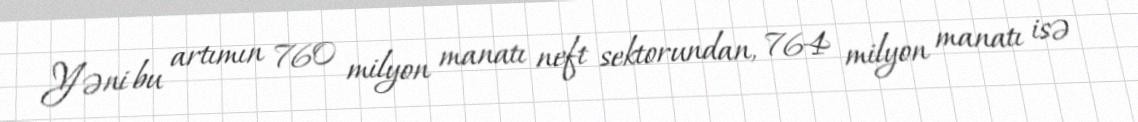
Yəni bu artımın 760 milyon manatı neft sektorundan, 764 milyon manatı isə